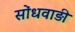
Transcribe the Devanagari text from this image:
सोंधवाड़ी